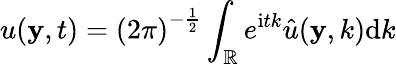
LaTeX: u(\mathbf{y},t)=\left(2\pi\right)^{-\frac{1}{2}}\int_{\mathbb{R}}^{}e^{\mathrm{i}tk}\hat{u}(\mathbf{y},k)\mathrm{d}k